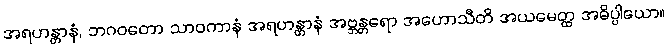
အရဟန္တာနံ, ဘဂဝတော သာဝကာနံ အရဟန္တာနံ အဗ္ဘန္တရော အဟောသီတိ အယမေတ္ထ အဓိပ္ပါယော။